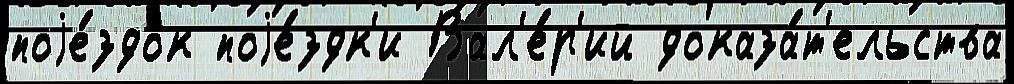
поjе́здок поjе́здк'и Вал'е́р'ий доказа́т'ельства